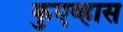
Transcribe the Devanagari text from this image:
कुएव्हास